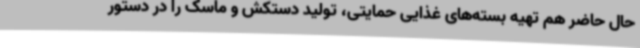
حال حاضر هم تهیه بسته‌های غذایی حمایتی، تولید دستکش و ماسک را در دستور